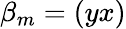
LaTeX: \beta_{m}=(yx)